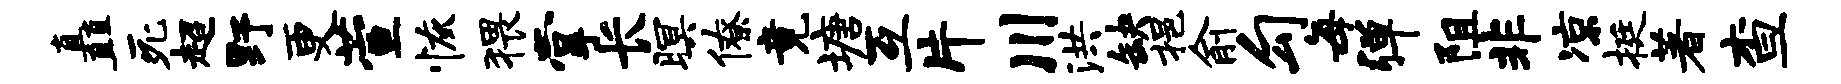
矗死超野更萱恢猥掌长暝僚竟塘互片川洪缺挹俞勾每弹阻非凉挺著查